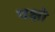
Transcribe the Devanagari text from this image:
चक्षो